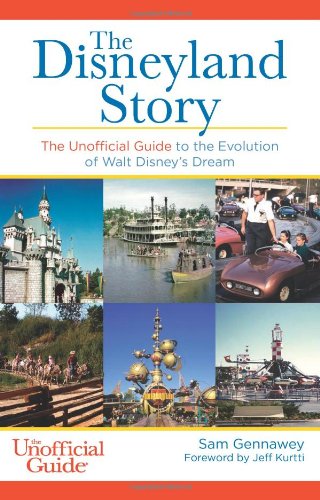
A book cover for The Disneyland Story: The Unofficial Guide to the Evolution of Walt Disney's Dream; Sam Gennawey; Business & Money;